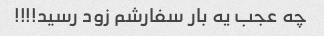
چه عجب یه بار سفارشم زود رسید!!!!